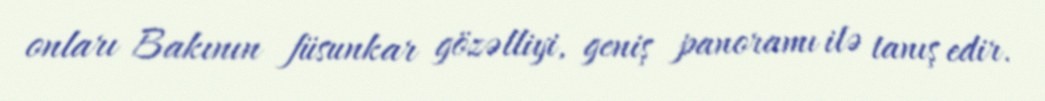
onları Bakının füsunkar gözəlliyi, geniş panoramı ilə tanış edir.